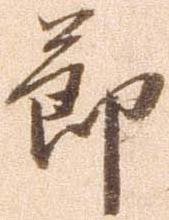
節